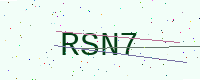
Text: RSN7